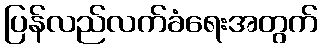
ပြန်လည်လက်ခံရေးအတွက်